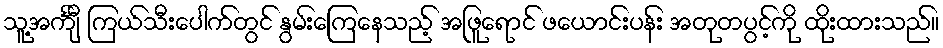
သူ့အင်္ကျီ ကြယ်သီးပေါက်တွင် နွမ်းကြေနေသည့် အဖြူရောင် ဖယောင်းပန်း အတုတပွင့်ကို ထိုးထားသည်။